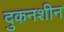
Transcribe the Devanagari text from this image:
दुकनशीन